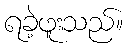
ရခဲ့ဖူးသည်။